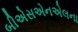
બીએસએનએલના